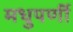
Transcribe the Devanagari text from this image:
मधुपर्णी